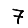
Digit: 7